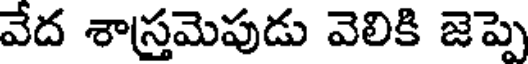
వేద శాస్త్రమెపుడు వెలికి జెప్పె